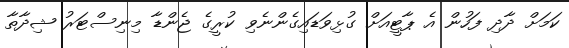
ކަމަށް ދާދި ފަހުން އެ ޕާޓީއަށް ގުޅިވަޑައިގެންނެވި ކުރީގެ ޖެންޑާ މިނިސްޓަރު ޝިދާތާ